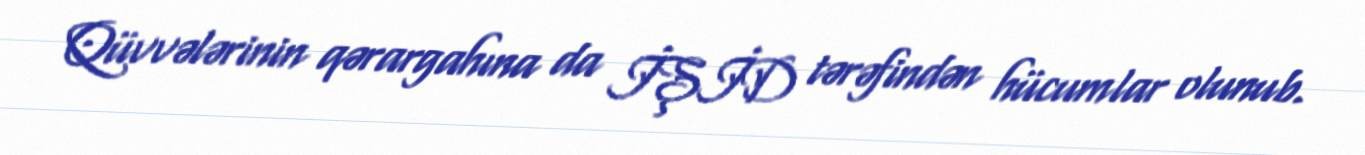
Qüvvələrinin qərargahına da İŞİD tərəfindən hücumlar olunub.